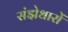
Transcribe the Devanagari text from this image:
संझेधारों